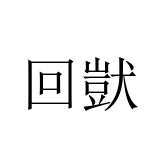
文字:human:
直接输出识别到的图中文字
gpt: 回獃